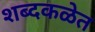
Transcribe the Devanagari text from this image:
शब्दकळेत